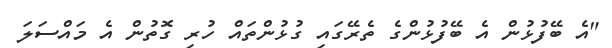
"އެ ބޭފުޅުން އެ ބޭފުޅުންގެ ތެރޭގައި ގުޅުންތައް ހުރި ގޮތުން އެ މައްސަލަ